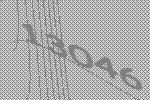
13046